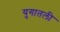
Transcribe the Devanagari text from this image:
युगातली